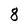
Character: 8